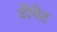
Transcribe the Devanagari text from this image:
टीपेट